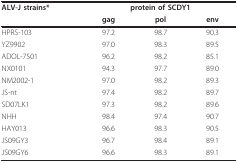
| ALV-J strains* | <COLSPAN=3> protein of SCDY1 |
 |  | gag | pol | env |
 | --- | --- | --- | --- |
 | HPRS-103 | 97.2 | 98.7 | 90.3 |
 | YZ9902 | 97.0 | 98.3 | 89.5 |
 | ADOL-7501 | 96.2 | 98.2 | 85.1 |
 | NX0101 | 94.3 | 97.7 | 89.0 |
 | NM2002-1 | 97.0 | 98.2 | 89.3 |
 | JS-nt | 97.4 | 98.2 | 89.7 |
 | SD07LK1 | 97.3 | 98.2 | 89.6 |
 | NHH | 98.4 | 97.4 | 90.7 |
 | HAY013 | 96.6 | 98.3 | 90.5 |
 | JS09GY3 | 96.7 | 98.4 | 89.1 |
 | JS09GY6 | 96.6 | 98.3 | 89.1 |